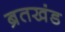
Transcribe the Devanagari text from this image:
ब्रतखंड